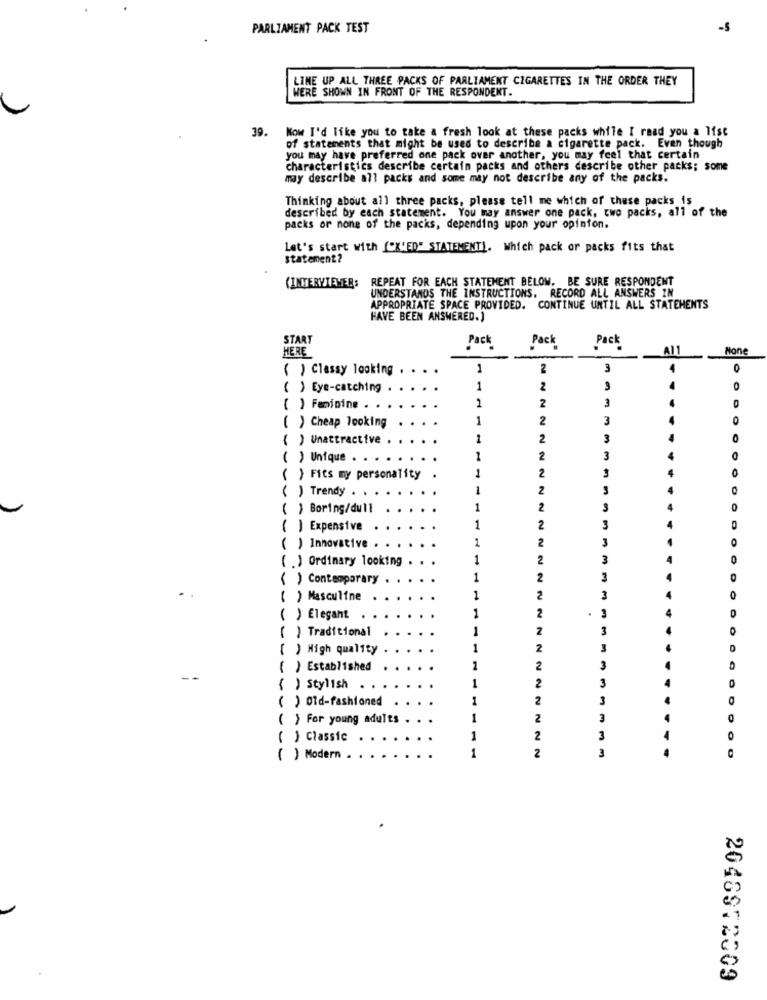
PARLIAMENT PACK TEST
-5
LINE UP ALL THREE PACKS OF PARLIAMENT CIGARETTES IN THE ORDER THEY
WERE SHOWN IN FRONT OF THE RESPONDENT.
39. Now I'd like you to take a fresh look at these packs while I read you a list
of statements that might be used to describe a cigarette pack. Even though
you may have preferred one pack over another, you may feel that certain
characteristics describe certain packs and others describe other packs; some
may describe all packs and some may not describe any of the packs.
Thinking about all three packs, please tell me which of these packs is
described by each statement. You may answer one pack, two packs, all of the
packs or none of the packs, depending upon your opinion.
Let's start with {"X'ED" STATEMENT]. Which pack or packs fits that
statement?
(INTERVIEWER: REPEAT FOR EACH STATEMENT BELOW. BE SURE RESPONDENT
UNDERSTANDS THE INSTRUCTIONS. RECORD ALL ANSWERS IN
APPROPRIATE SPACE PROVIDED. CONTINUE UNTIL ALL STATEMENTS
HAVE BEEN ANSWERED.)
START
Pack
HERE
Pack
Pack
A11
( ) Classy looking . . .
1
3
( ) Eye-catching
1
2
O
1
2
3
( ) Feminine ..
1
2
3
0
( ) Cheap looking
( ) Unattractive
1
2
3
( ) Unique . . ..
2
3
O
1
2
3
O
( ) Fits my personality
( ) Trendy . . . .
1
2
( ) Boring/dull
1
2
3
( ) Expensive
1
2
3
1
2
3
O
( ) Innovative .
( . ) Ordinary looking
1
2
3
0
( ) Contemporary
1
2
( ) Masculine
1
2
3
0
1
2
( ) Elegant
( ) Traditional
2
3
{ ) High quality
1
2
( ) Established
2
3
2
3
0
{ ) Stylish
( ) Old-fashioned
1
2
3
( ) For young adults
1
2
O
( ) Classic
1
2
3
4
0
1
3
( ) Modern
2
2048972009